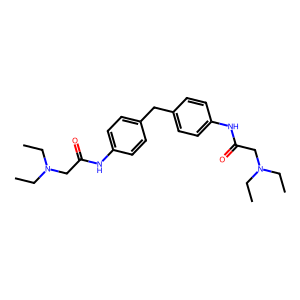
SMILES: CCN(CC)CC(=O)Nc1ccc(Cc2ccc(NC(=O)CN(CC)CC)cc2)cc1
Inhibits HIV replication: No